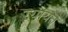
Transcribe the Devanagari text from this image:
रयायतें